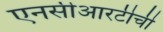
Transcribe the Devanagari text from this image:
एनसीआरटीची